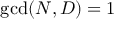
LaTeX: \operatorname* { g c d } ( N , D ) = 1